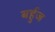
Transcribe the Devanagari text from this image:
बर्हुज